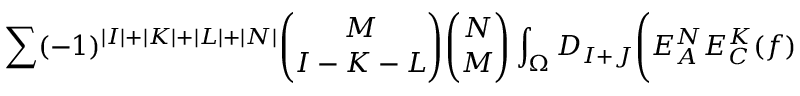
\sum ( - 1 ) ^ { \vert I \vert + \vert K \vert + \vert L \vert + \vert N \vert } { \binom { M } { I - K - L } } { \binom { N } { M } } \int _ { \Omega } D _ { I + J } \Biggl ( E _ { A } ^ { N } E _ { C } ^ { K } ( f )